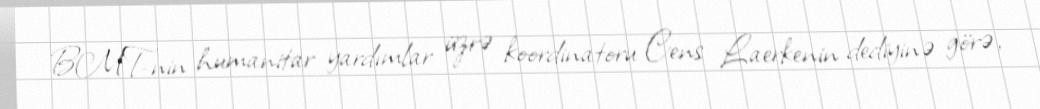
BMT-nin humanitar yardımlar üzrə koordinatoru Cens Laerkenin dediyinə görə,